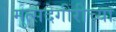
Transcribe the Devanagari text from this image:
मुत्सदेगीरीच्या